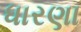
ધારણા